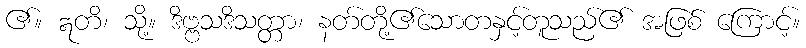
၏။ ဣတိ၊ သို့။ ဒိဗ္ဗသဒိသတ္တာ၊ နတ်တို့၏သောတနှင့်တူသည်၏ အဖြစ် ကြောင့်။